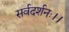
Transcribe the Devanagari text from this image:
सर्वदर्शनः।।